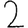
Digit: 2